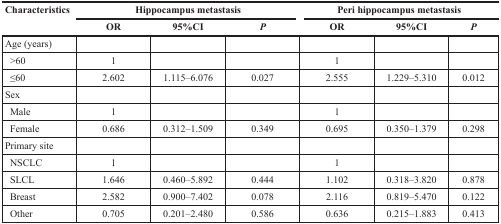
<table><thead><tr><td rowspan="2"><b>Characteristics</b></td><td colspan="3"><b>Hippocampus metastasis</b></td><td colspan="3"><b>Peri hippocampus metastasis</b></td></tr><tr><td><b>OR</b></td><td><b>95%CI</b></td><td><b><i>P</i></b></td><td><b>OR</b></td><td><b>95%CI</b></td><td><b><i>P</i></b></td></tr></thead><tbody><tr><td>Age (years)</td><td></td><td></td><td></td><td></td><td></td><td></td></tr><tr><td> &gt;60</td><td>1</td><td></td><td></td><td>1</td><td></td><td></td></tr><tr><td> ≤60</td><td>2.602</td><td>1.115–6.076</td><td>0.027</td><td>2.555</td><td>1.229–5.310</td><td>0.012</td></tr><tr><td>Sex</td><td></td><td></td><td></td><td></td><td></td><td></td></tr><tr><td> Male</td><td>1</td><td></td><td></td><td>1</td><td></td><td></td></tr><tr><td> Female</td><td>0.686</td><td>0.312–1.509</td><td>0.349</td><td>0.695</td><td>0.350–1.379</td><td>0.298</td></tr><tr><td>Primary site</td><td></td><td></td><td></td><td></td><td></td><td></td></tr><tr><td> NSCLC</td><td>1</td><td></td><td></td><td>1</td><td></td><td></td></tr><tr><td> SLCL</td><td>1.646</td><td>0.460–5.892</td><td>0.444</td><td>1.102</td><td>0.318–3.820</td><td>0.878</td></tr><tr><td> Breast</td><td>2.582</td><td>0.900–7.402</td><td>0.078</td><td>2.116</td><td>0.819–5.470</td><td>0.122</td></tr><tr><td> Other</td><td>0.705</td><td>0.201–2.480</td><td>0.586</td><td>0.636</td><td>0.215–1.883</td><td>0.413</td></tr></tbody></table>